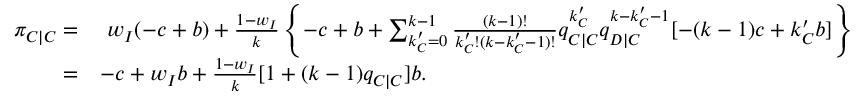
\begin{array} { r l } { \pi _ { C | C } = } & { ~ w _ { I } ( - c + b ) + \frac { 1 - w _ { I } } { k } \left\{ - c + b + \sum _ { k _ { C } ^ { \prime } = 0 } ^ { k - 1 } { \frac { ( k - 1 ) ! } { k _ { C } ^ { \prime } ! ( k - k _ { C } ^ { \prime } - 1 ) ! } q _ { C | C } ^ { k _ { C } ^ { \prime } } q _ { D | C } ^ { k - k _ { C } ^ { \prime } - 1 } [ - ( k - 1 ) c + k _ { C } ^ { \prime } b ] } \right\} } \\ { = } & { - c + w _ { I } b + \frac { 1 - w _ { I } } { k } [ 1 + ( k - 1 ) q _ { C | C } ] b . } \end{array}